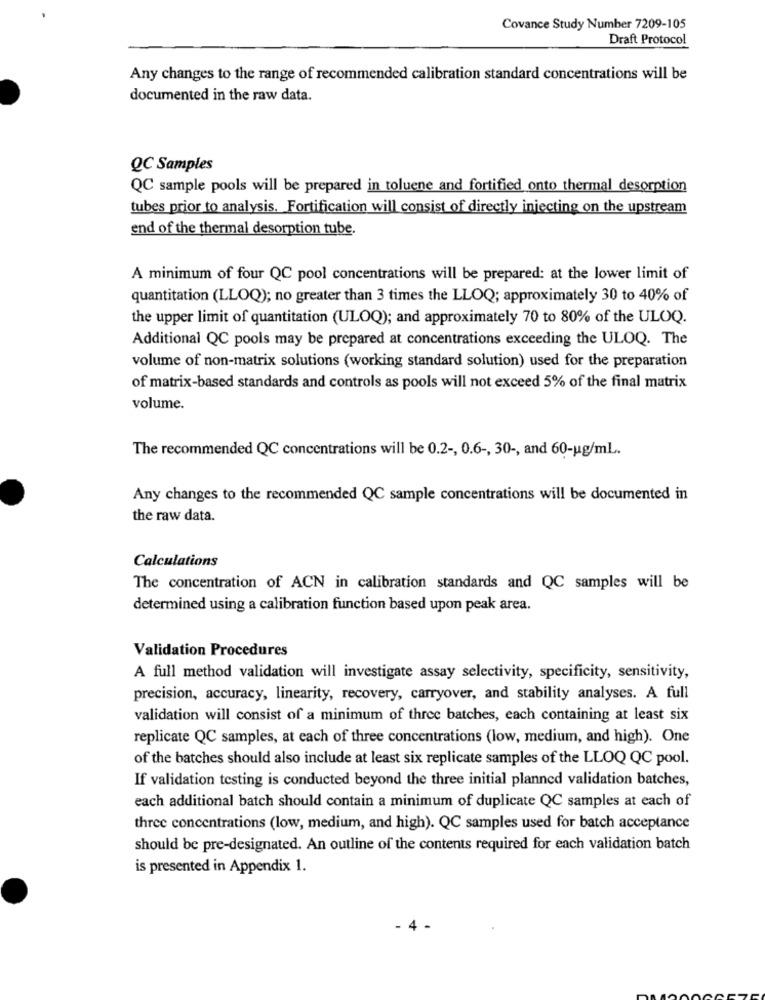
Covance Study Number 7209-105
Draft Protocol
Any changes to the range of recommended calibration standard concentrations will be
documented in the raw data.
QC Samples
QC sample pools will be prepared in toluene and fortified onto thermal desorption
tubes prior to analysis. Fortification will consist of directly injecting on the upstream
end of the thermal desorption tube.
A minimum of four QC pool concentrations will be prepared: at the lower limit of
quantitation (LLOQ); no greater than 3 times the LLOQ; approximately 30 to 40% of
the upper limit of quantitation (ULOQ); and approximately 70 to 80% of the ULOQ.
Additional QC pools may be prepared at concentrations exceeding the ULOQ. The
volume of non-matrix solutions (working standard solution) used for the preparation
of matrix-based standards and controls as pools will not exceed 5% of the final matrix
volume.
The recommended QC concentrations will be 0.2 -, 0.6 -, 30 -, and 60-ug/mL.
Any changes to the recommended QC sample concentrations will be documented in
the raw data.
Calculations
The concentration of ACN in calibration standards and QC samples will be
determined using a calibration function based upon peak area.
Validation Procedures
A full method validation will investigate assay selectivity, specificity, sensitivity,
precision, accuracy, linearity, recovery, carryover, and stability analyses. A full
validation will consist of a minimum of three batches, each containing at least six
replicate QC samples, at each of three concentrations (low, medium, and high). One
of the batches should also include at least six replicate samples of the LLOQ QC pool.
If validation testing is conducted beyond the three initial planned validation batches,
each additional batch should contain a minimum of duplicate QC samples at each of
three concentrations (low, medium, and high). QC samples used for batch acceptance
should be pre-designated. An outline of the contents required for each validation batch
is presented in Appendix 1.